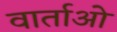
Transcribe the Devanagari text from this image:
वार्ताओ